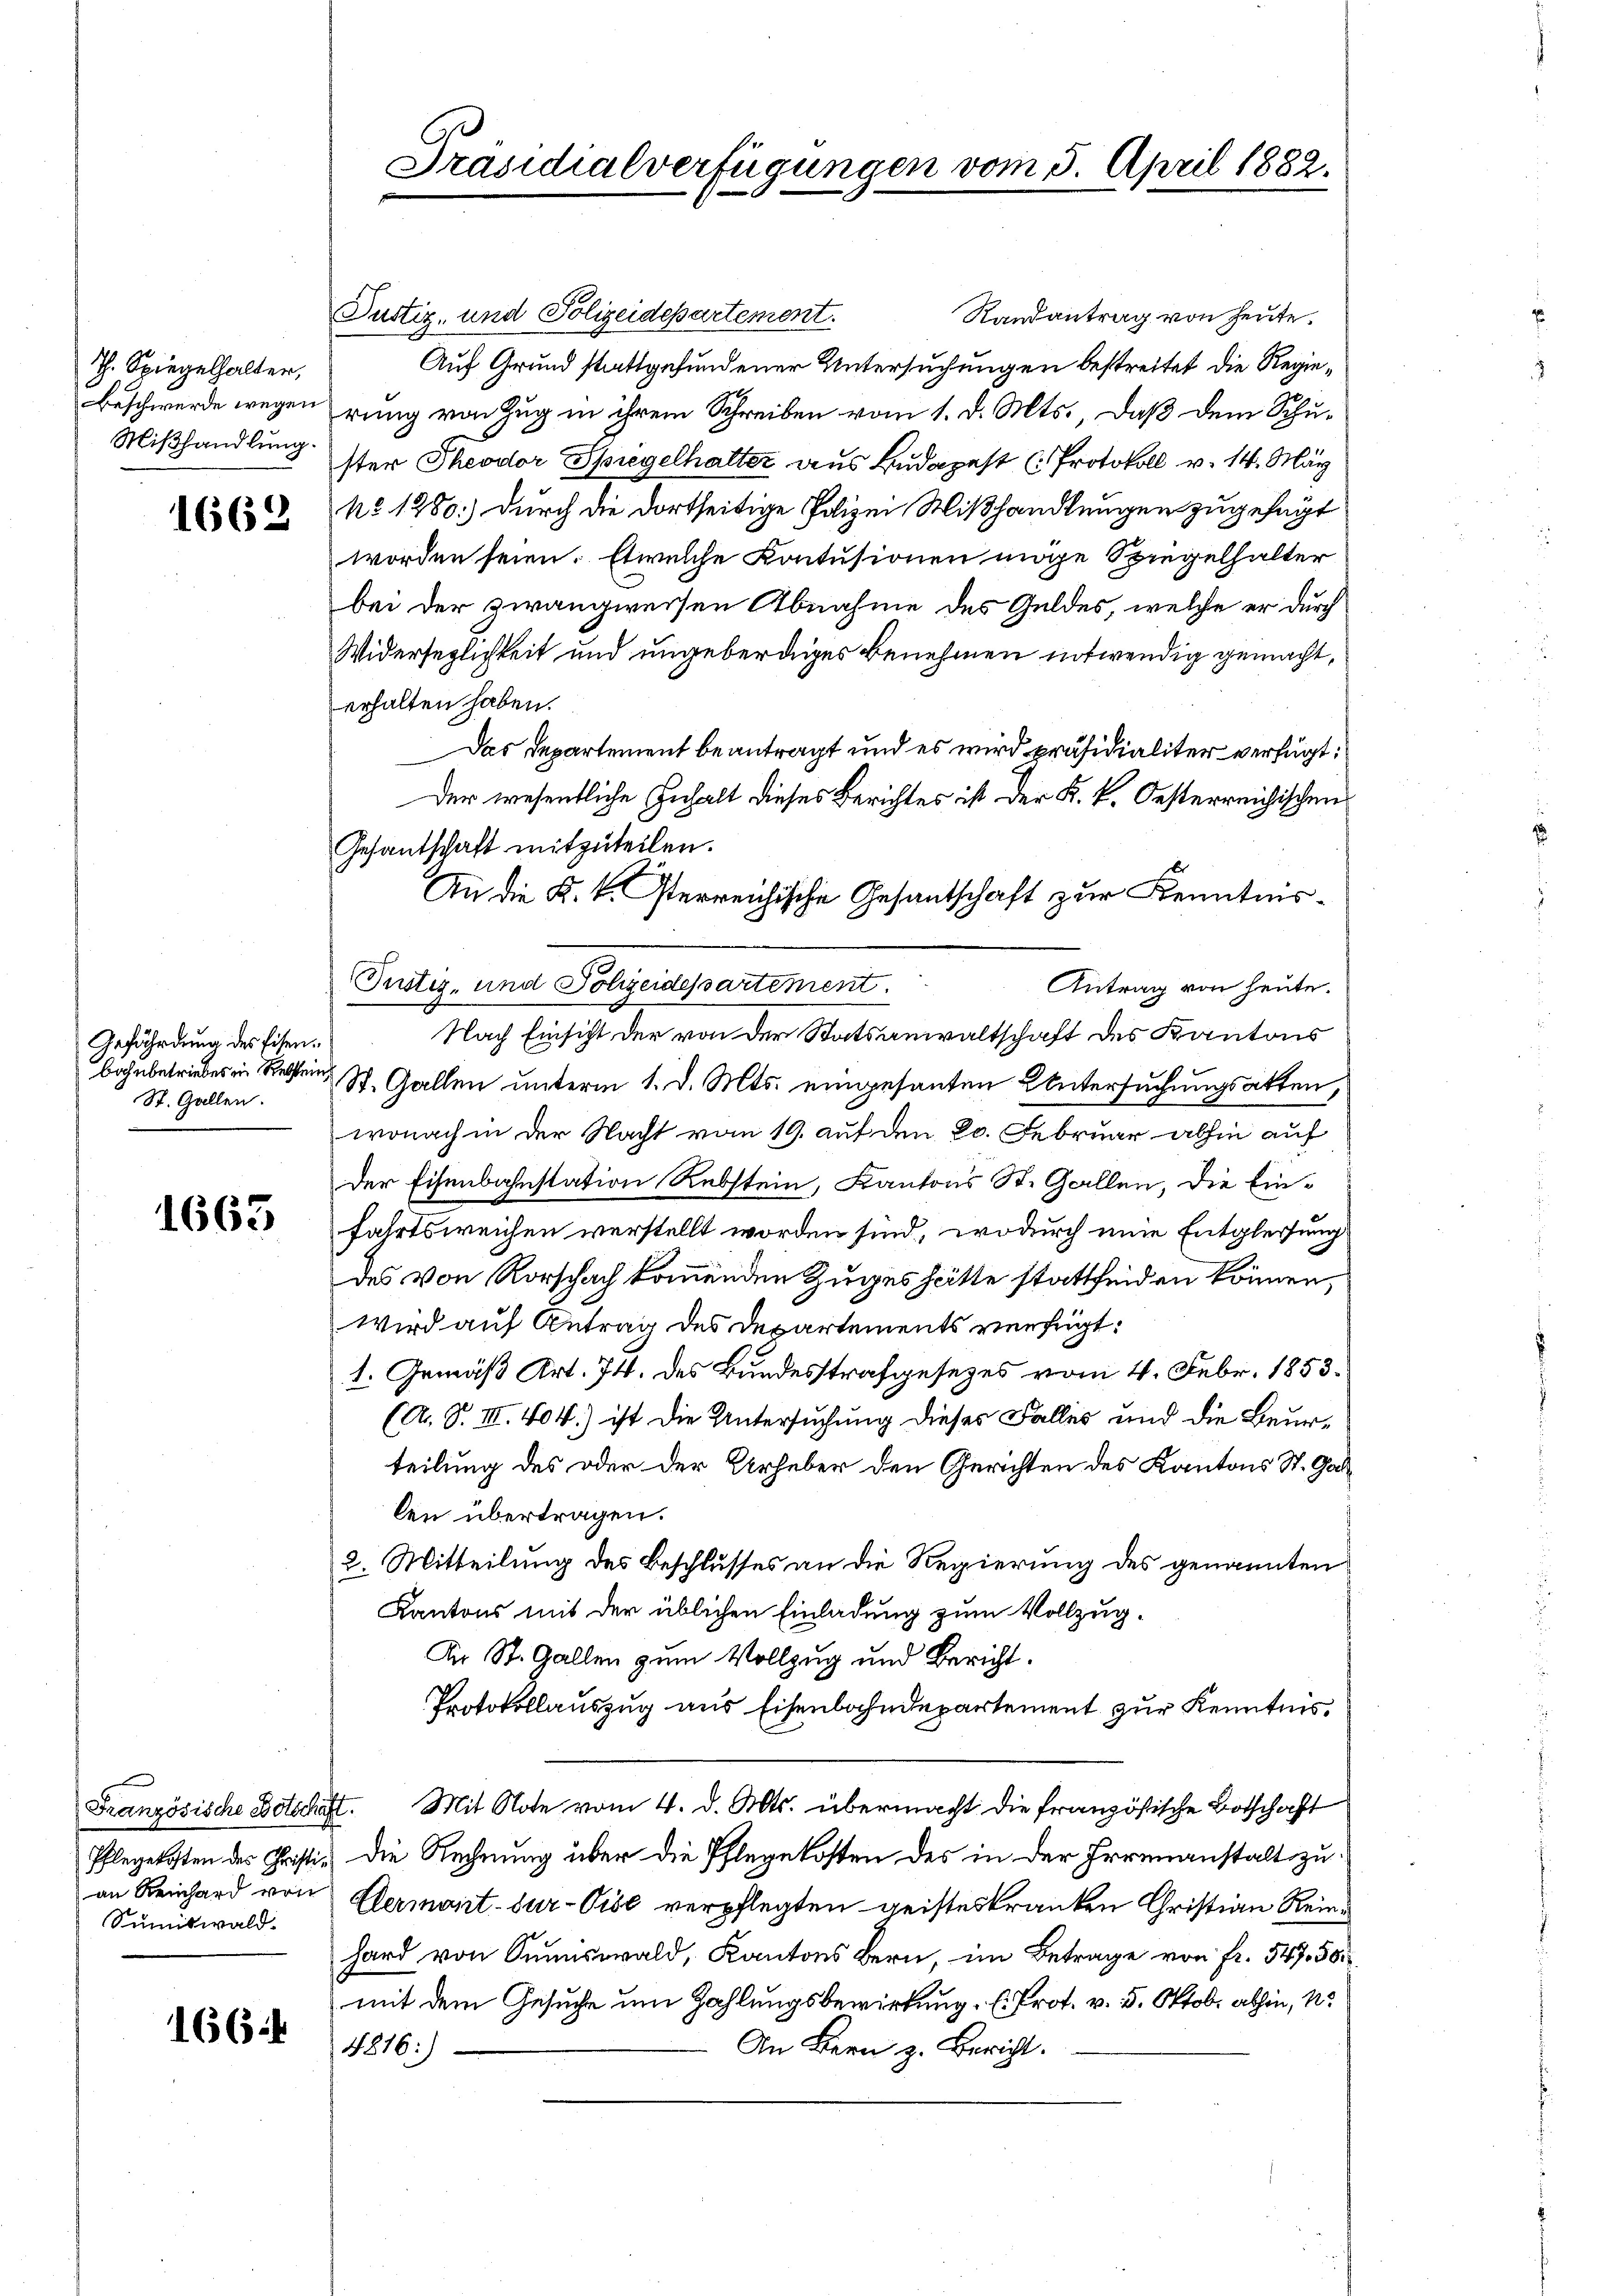
Th. Spiegelhalter,

1662

Gefährdung des Eisenbahnbetriebes in Reklein
St. Gallen.

1663

Justiz- und Polizeidepartement.
Randantrag von heute.
Auf Grund stattgefundener Untersuchungen bestreitet die Regie¬
Beschwerde wegen rung von Zug in ihrem Schreiben vom 1. d. Mts., daß dem Schu¬
Mißhandlung ster Theodor Spiegelhalter aus Budapest (Protokoll v. 14. März
No 1280.) durch die dortseitige Polizei Mißhandlungen zugefügt
worden seien. Es welche Kontusionen möge Spiegelhalter
bei der zwangweisen Abnahme des Geldes, welche er durch
Widersezlichkeit und ungeberdiges Benehmen notwendig gemacht,
erhalten haben.
Das Departement beantragt und es wird präsidialiter verfügt:
Der wesentliche Inhalt dieses Berichtes ist der K. K. Oesterreichischen
Gesantschaft mitzuteilen.
An die K. k. sterreichische Gesandschaft zur Kenntnis¬
Antrag von heute.
Nach Einsicht der von der Statsanwaltschaft des Kantons
St. Gallen unterm 1. d. Mts. eingesanten Untersuchungsakten,
wonach in der Nacht vom 19. auf den 20. Februar abhin auf
der Eisenbahnstation Rebstein, Kantons St. Gallen, die Einfahrtsweichen verstellt worden sind, wodurch eine Entgleitung
des von Rorschach kommenden Zuges hätte stattheiden können,
Wird auf Antrag des Departements verfragt:
1. Gemäß Art. 74. des Bundesstrafgesezes vom 4. Febr. 1853.
(A. S. III. 404.) ist die Untersuchung dieses Falles und die Beurteilung des oder der Urheber den Gerichten des Kantons St. Gallen übertragen.
2. Mitteilung des Beschlusses an die Regierung des genannten
Kantons mit der üblichen Einladung zum Vollzug¬
Dir St. Gallen zum Vollzug und Bericht.
Protokollauszug aus Eisenbahndepartement zur Kenntnis,
Französische Dotschaft. Mit Note vom 4. d. Mts. übermacht die französische Botschaft
Pflegekosten des Christi- die Rechnung über die Pflegekosten des in der Irrenanstalt zuan Reinhard von Alermont-dur-Pise verpflegten geisteskranken Christian Reinhard von Summiswald, Kantons Bern, im Betrage von fr. 547. 56
mit dem Gesuche um Zahlungsbewirkung l. Prot. v. 5. Oktob. abhin, no
An Bern z. Bericht.
4816:)

Sumiswald.

1664

Präsidialverfügungen vom 5. April 1882.

Justiz- und Polizeidepartement.